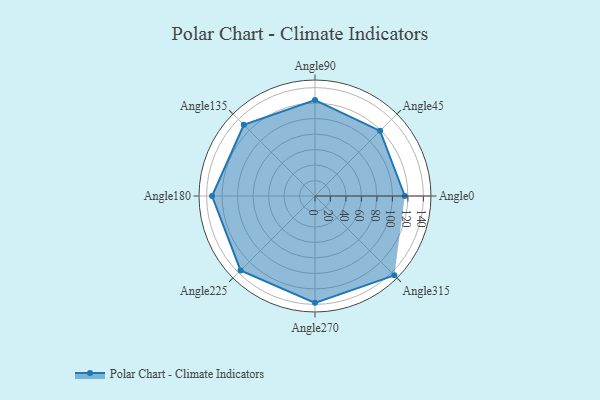
{"axis": {"x": "Angle", "y": "Radius"}, "legend": [""], "data": [{"x": "Angle0", "y": 116.0, "type": ""}, {"x": "Angle45", "y": 119.0, "type": ""}, {"x": "Angle90", "y": 124.0, "type": ""}, {"x": "Angle135", "y": 130.0, "type": ""}, {"x": "Angle180", "y": 133.0, "type": ""}, {"x": "Angle225", "y": 136.0, "type": ""}, {"x": "Angle270", "y": 138.0, "type": ""}, {"x": "Angle315", "y": 145.0, "type": ""}]}